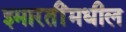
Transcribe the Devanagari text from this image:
इमारतींमधील